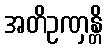
အတိဥဏှန္တိ